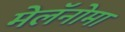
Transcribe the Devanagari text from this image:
मेलॅनोमा